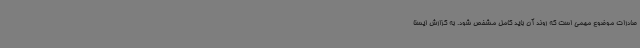
صادرات موضوع مهمی است که روند آن باید کامل مشخص شود. به گزارش ایسنا